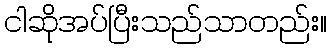
ငါဆိုအပ်ပြီးသည်သာတည်း။